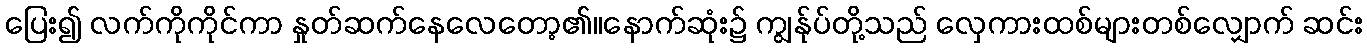
ပြေး၍ လက်ကိုကိုင်ကာ နှုတ်ဆက်နေလေတော့၏။နောက်ဆုံး၌ ကျွန်ုပ်တို့သည် လှေကားထစ်များတစ်လျှောက် ဆင်း